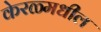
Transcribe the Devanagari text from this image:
केरळ्मधील